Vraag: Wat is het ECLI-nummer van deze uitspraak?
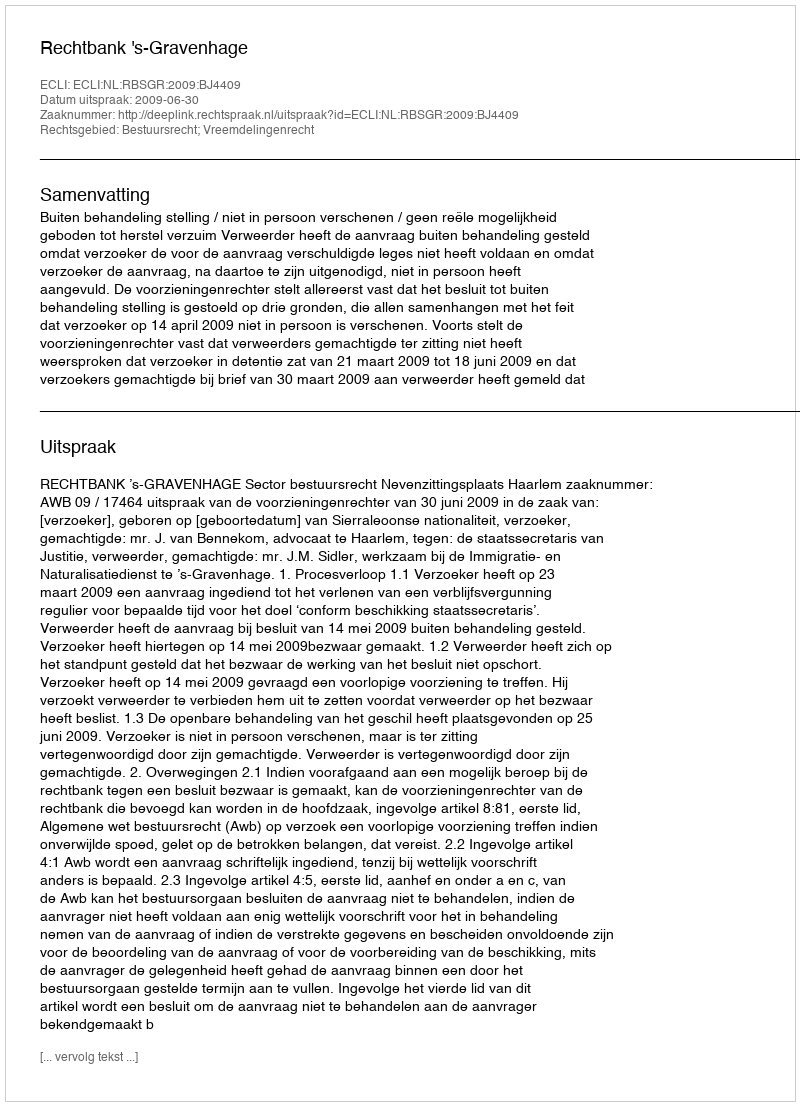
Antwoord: ECLI:NL:RBSGR:2009:BJ4409